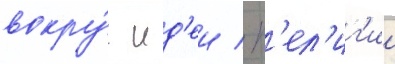
вокру́г ид'еи / р'ел'иг'ии